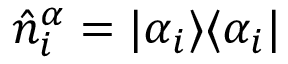
\hat { n } _ { i } ^ { \alpha } = | \alpha _ { i } \rangle \langle \alpha _ { i } |